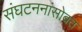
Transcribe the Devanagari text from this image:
संघटननांसोबत